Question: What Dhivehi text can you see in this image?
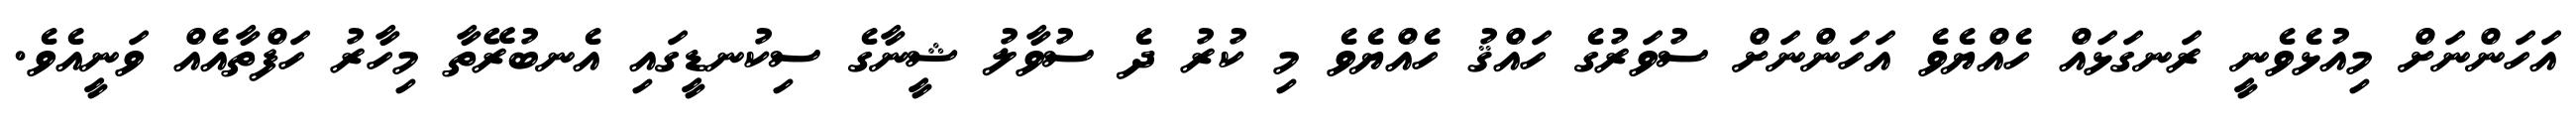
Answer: އަހަންނަށް މިއުޅެވެނީ ރަނގަޅައް ހެއްޔެވެ އަހަންނަށް ސުވަރުގެ ހައްޤު ހެއްޔެވެ މި ކުރު ދެ ސުވާލު ޝީނާގެ ސިކުނޑީގައި އެނބުރޭތާ މިހާރު ހަފްތާއެއް ވަނީއެވެ.